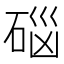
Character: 𱴊